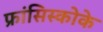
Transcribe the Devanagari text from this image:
फ्रांसिस्कोके